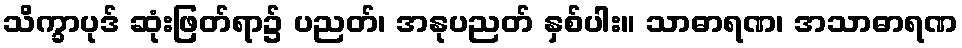
သိက္ခာပုဒ် ဆုံးဖြတ်ရာ၌ ပညတ်၊ အနုပညတ် နှစ်ပါး။ သာဓာရဏ၊ အသာဓာရဏ